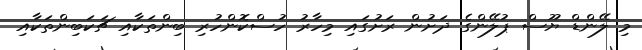
މި ލޭންޑް ޔޫސް ޕުލޭންގެ ދަށުން ރަށުގައި މިހާރު ހުސްކޮންހުރި ބިންތަކާއި ޗަކަބިންތަކާއި